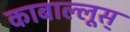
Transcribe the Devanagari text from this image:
काबाल्लूस्